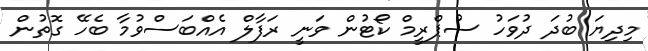
މިދިޔަ ބުދަ ދުވަހު ސުޕްރީމް ކޯޓުން ވަނީ ރަފާލް އެއްބަސްވުމާ ބެހޭ ގޮތުން